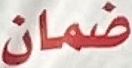
ضمان